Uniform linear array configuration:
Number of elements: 24
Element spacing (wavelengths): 0.75
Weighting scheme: blackman
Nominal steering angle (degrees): -30
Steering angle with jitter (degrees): -31.662
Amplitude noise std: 0.05
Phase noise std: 0.05

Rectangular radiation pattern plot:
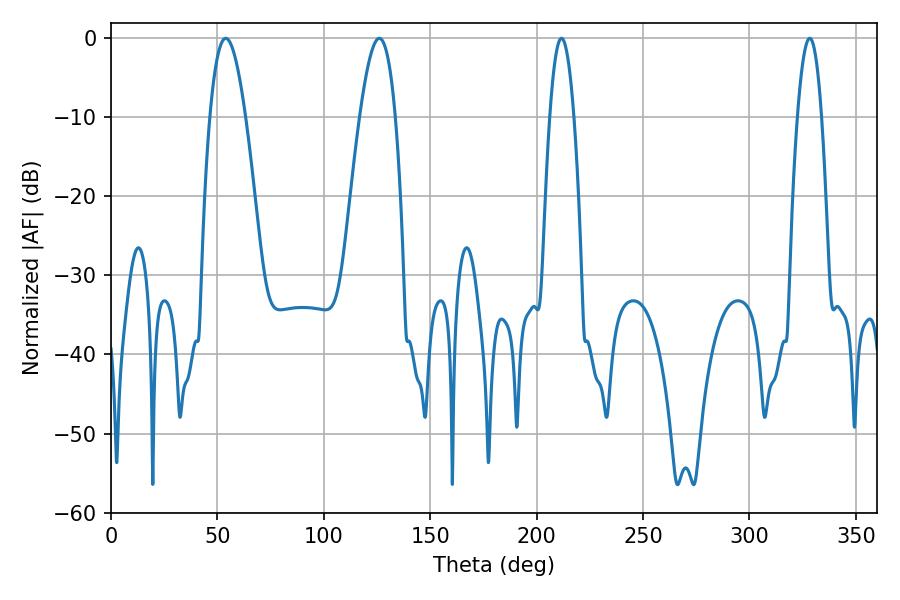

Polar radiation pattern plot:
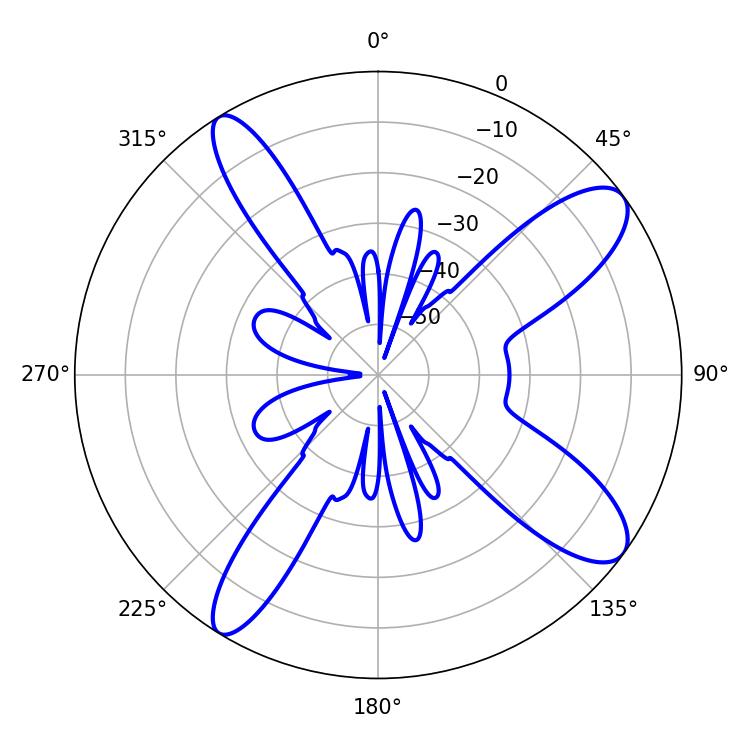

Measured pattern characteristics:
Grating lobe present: TRUE
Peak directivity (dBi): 11.06
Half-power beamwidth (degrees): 6.3
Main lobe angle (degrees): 211.68